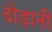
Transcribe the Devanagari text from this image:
दौड़ानी